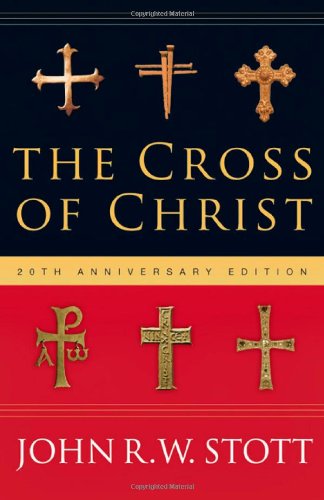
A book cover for The Cross of Christ; John Stott; Christian Books & Bibles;